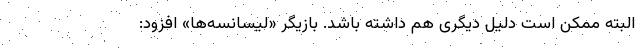
البته ممکن است دلیل دیگری هم داشته باشد. بازیگر «لیسانسه‌ها» افزود: